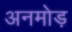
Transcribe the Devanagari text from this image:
अनमोड़